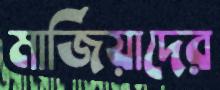
মার্জিয়াদের